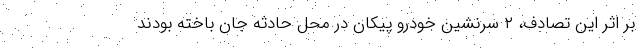
بر اثر این تصادف، ۲ سرنشین خودرو پیکان در محل حادثه جان باخته بودند